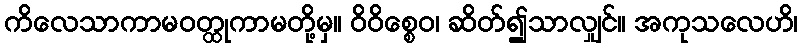
ကိလေသာကာမဝတ္ထုကာမတို့မှ။ ဝိဝိစ္စေဝ၊ ဆိတ်၍သာလျှင်။ အကုသလေဟိ၊